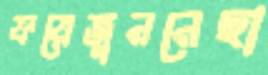
ফয়েজুননেছা